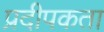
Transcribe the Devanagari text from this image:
प्रदीपकता